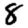
Digit: 8